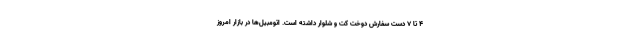
۴ تا ۷ دست سفارش دوخت کت و شلوار داشته است. اتومبیل‌ها در بازار امروز